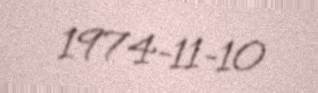
1974-11-10